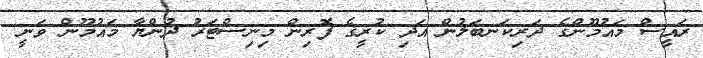
ރައީސް މައުމޫންގެ ދަރިކަނބަލުން އަދި ކުރީގެ ފޮރިން މިނިސްޓަރު ދުންޔާ މައުމޫން ވަނީ